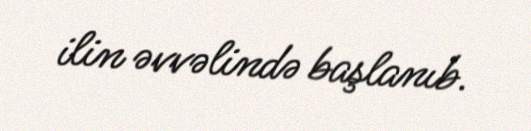
ilin əvvəlində başlanıb.